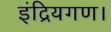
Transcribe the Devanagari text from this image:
इंद्रियगण।